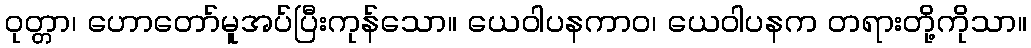
ဝုတ္တာ၊ ဟောတော်မူအပ်ပြီးကုန်သော။ ယေဝါပနကာဝ၊ ယေဝါပနက တရားတို့ကိုသာ။